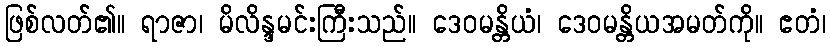
ဖြစ်လတ်၏။ ရာဇာ၊ မိလိန္ဒမင်းကြီးသည်။ ဒေဝမန္တိယံ၊ ဒေဝမန္တိယအမတ်ကို။ ဧတံ၊